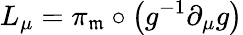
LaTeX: L_{\mu}=\pi_{\mathfrak{m}}\circ\left(g^{-1}\partial_{\mu}g\right)